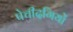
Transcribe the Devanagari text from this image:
पेचीदगियों